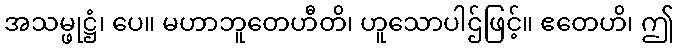
အသမ္ဖုဋ္ဌံ၊ ပေ။ မဟာဘူတေဟီတိ၊ ဟူသောပါဌ်ဖြင့်။ ဧတေဟိ၊ ဤ